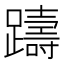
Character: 躊